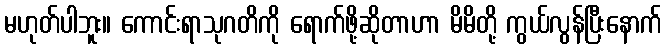
မဟုတ်ပါဘူး။ ကောင်းရာသုဂတိကို ရောက်ဖို့ဆိုတာဟာ မိမိတို့ ကွယ်လွန်ပြီးနောက်